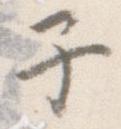
子